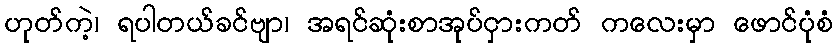
ဟုတ်ကဲ့၊ ရပါတယ်ခင်ဗျာ၊ အရင်ဆုံးစာအုပ်ငှားကတ် ကလေးမှာ ဖောင်ပုံစံ